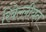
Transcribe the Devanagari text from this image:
रिबेल्लीयन